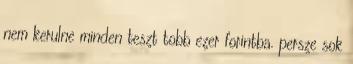
nem kerulne minden teszt tobb ezer forintba. persze sok